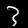
Digit: 3